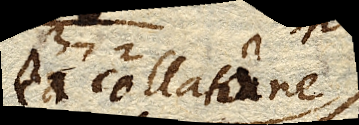
ea collatione